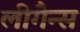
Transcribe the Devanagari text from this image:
लीगैन्स